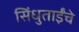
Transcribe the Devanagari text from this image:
सिंधुताईंचे